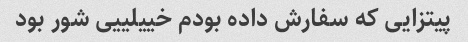
پیتزایی که سفارش داده بودم خییلییی شور بود